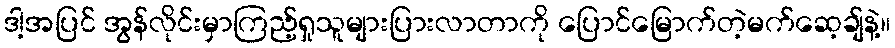
ဒါ့အပြင် အွန်လိုင်းမှာကြည့်ရှုသူများပြားလာတာကို ပြောင်မြောက်တဲ့မက်ဆေ့ချ်နဲ့။